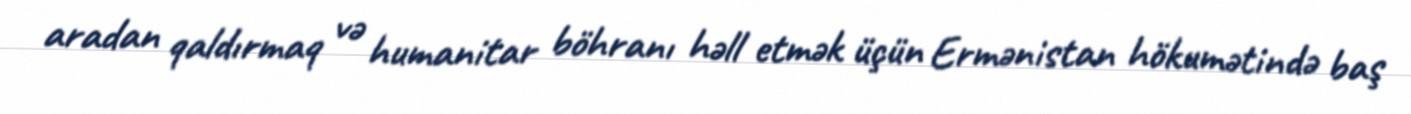
aradan qaldırmaq və humanitar böhranı həll etmək üçün Ermənistan hökumətində baş